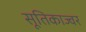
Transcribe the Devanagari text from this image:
सूतिकाज्वर